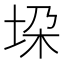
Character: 垜